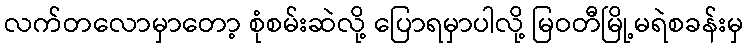
လက်တလောမှာတော့ စုံစမ်းဆဲလို့ ပြောရမှာပါလို့ မြဝတီမြို့မရဲစခန်းမှ